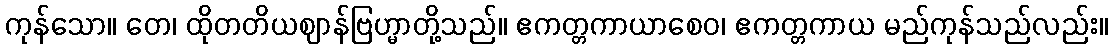
ကုန်သော။ တေ၊ ထိုတတိယဈာန်ဗြဟ္မာတို့သည်။ ဧကတ္တကာယာစေဝ၊ ဧကတ္တကာယ မည်ကုန်သည်လည်း။